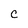
Character: C